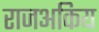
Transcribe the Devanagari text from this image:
राजअकिय